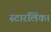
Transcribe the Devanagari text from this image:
स्टारलिंक।